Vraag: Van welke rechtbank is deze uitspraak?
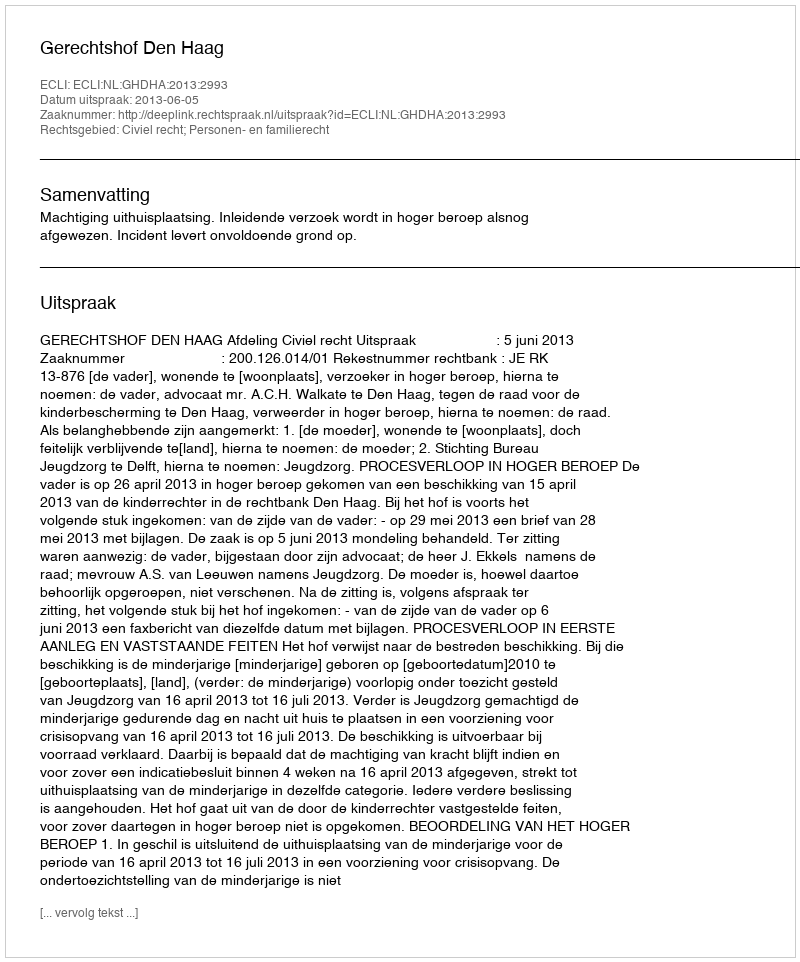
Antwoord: Gerechtshof Den Haag